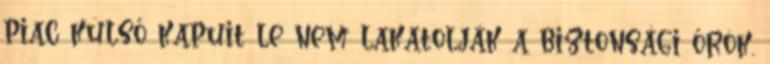
piac külső kapuit le nem lakatolják a biztonsági őrök.